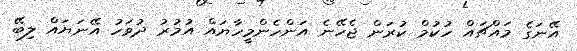
އޭނަގެ މައްޗައް ހުކުމް ކުރަން ޖެހޭނެ އަންހެންމީހާޔައް އުމުރު ދުވަހު އޭނަޔައް ލިބޭ